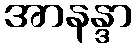
အာနန္ဒာ